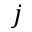
j